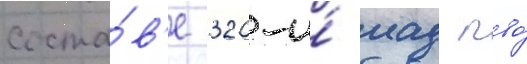
соста́в'е 320-и́ иад пво́